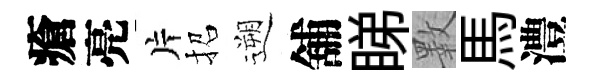
瘡亮片招遡舖睇斁馬澧